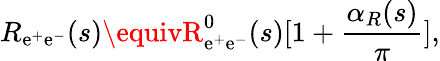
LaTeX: R_{\mathrm{e}^{+}\mathrm{e}^{-}}(s)\equivR_{\mathrm{e}^{+}\mathrm{e}^{-}}^{0}(s)[1+{\frac{{\alpha_{R}(s)}}{{\pi}}}],